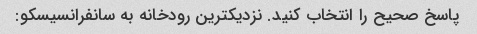
پاسخ صحیح را انتخاب کنید. نزدیکترین رودخانه به سانفرانسیسکو: